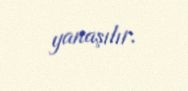
yanaşılır.